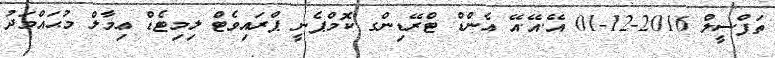
ތަފްސީލް 2016-12-01 އޭ.އޭ.އޭ އެންޑް ޓްރޭޑިންގ ކޮމްޕެނީ ޕްރައިވެޓް ލިމިޓެޑް ޢިމާލް މުޙައްމަދު